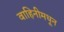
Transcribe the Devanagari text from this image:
वाहिनीमधून